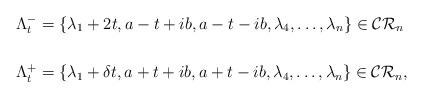
LaTeX: \begin{align*}\Lambda^{-}_{t}&=\{\lambda_{1}+2t,a-t+ib,a-t-ib,\lambda_{4},\ldots,\lambda_{n}\}\in \mathcal{CR}_{n} \\ \\\Lambda^{+}_{t}&=\{\lambda_{1}+\delta t,a+t+ib,a+t-ib,\lambda_{4},\ldots,\lambda_{n}\}\in \mathcal{CR}_{n},\end{align*}